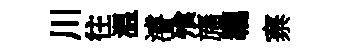
川往温濬飱旛羈寨